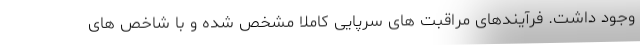
وجود داشت. فرآیندهای مراقبت های سرپایی کاملا مشخص شده و با شاخص های